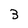
Character: 3